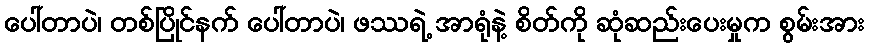
ပေါ်တာပဲ၊ တစ်ပြိုင်နက် ပေါ်တာပဲ၊ ဖဿရဲ့ အာရုံနဲ့ စိတ်ကို ဆုံဆည်းပေးမှုက စွမ်းအား